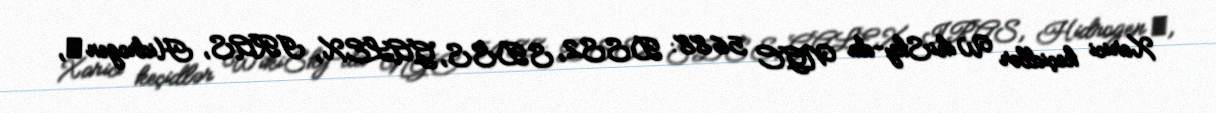
Xarici keçidlər WikiSky-da NGC 5688: DSS2, SDSS, GALEX, IRAS, Hidrogen α,